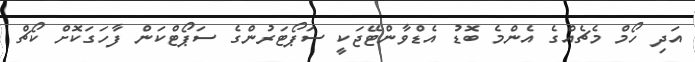
އަދި ހޯމް މެޗެއްގެ އެންމެ ބޮޑު އެޑްވާންޓޭޖަކީ ސަޕޯޓަރުންގެ ސަޕޯޓްކަން ފާހަގަކޮށް ކޯޗް